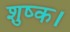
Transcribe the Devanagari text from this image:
शुष्क।